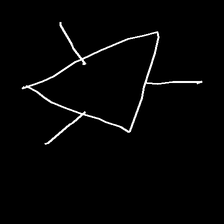
Glyph: fire